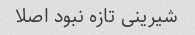
شیرینی تازه نبود اصلا